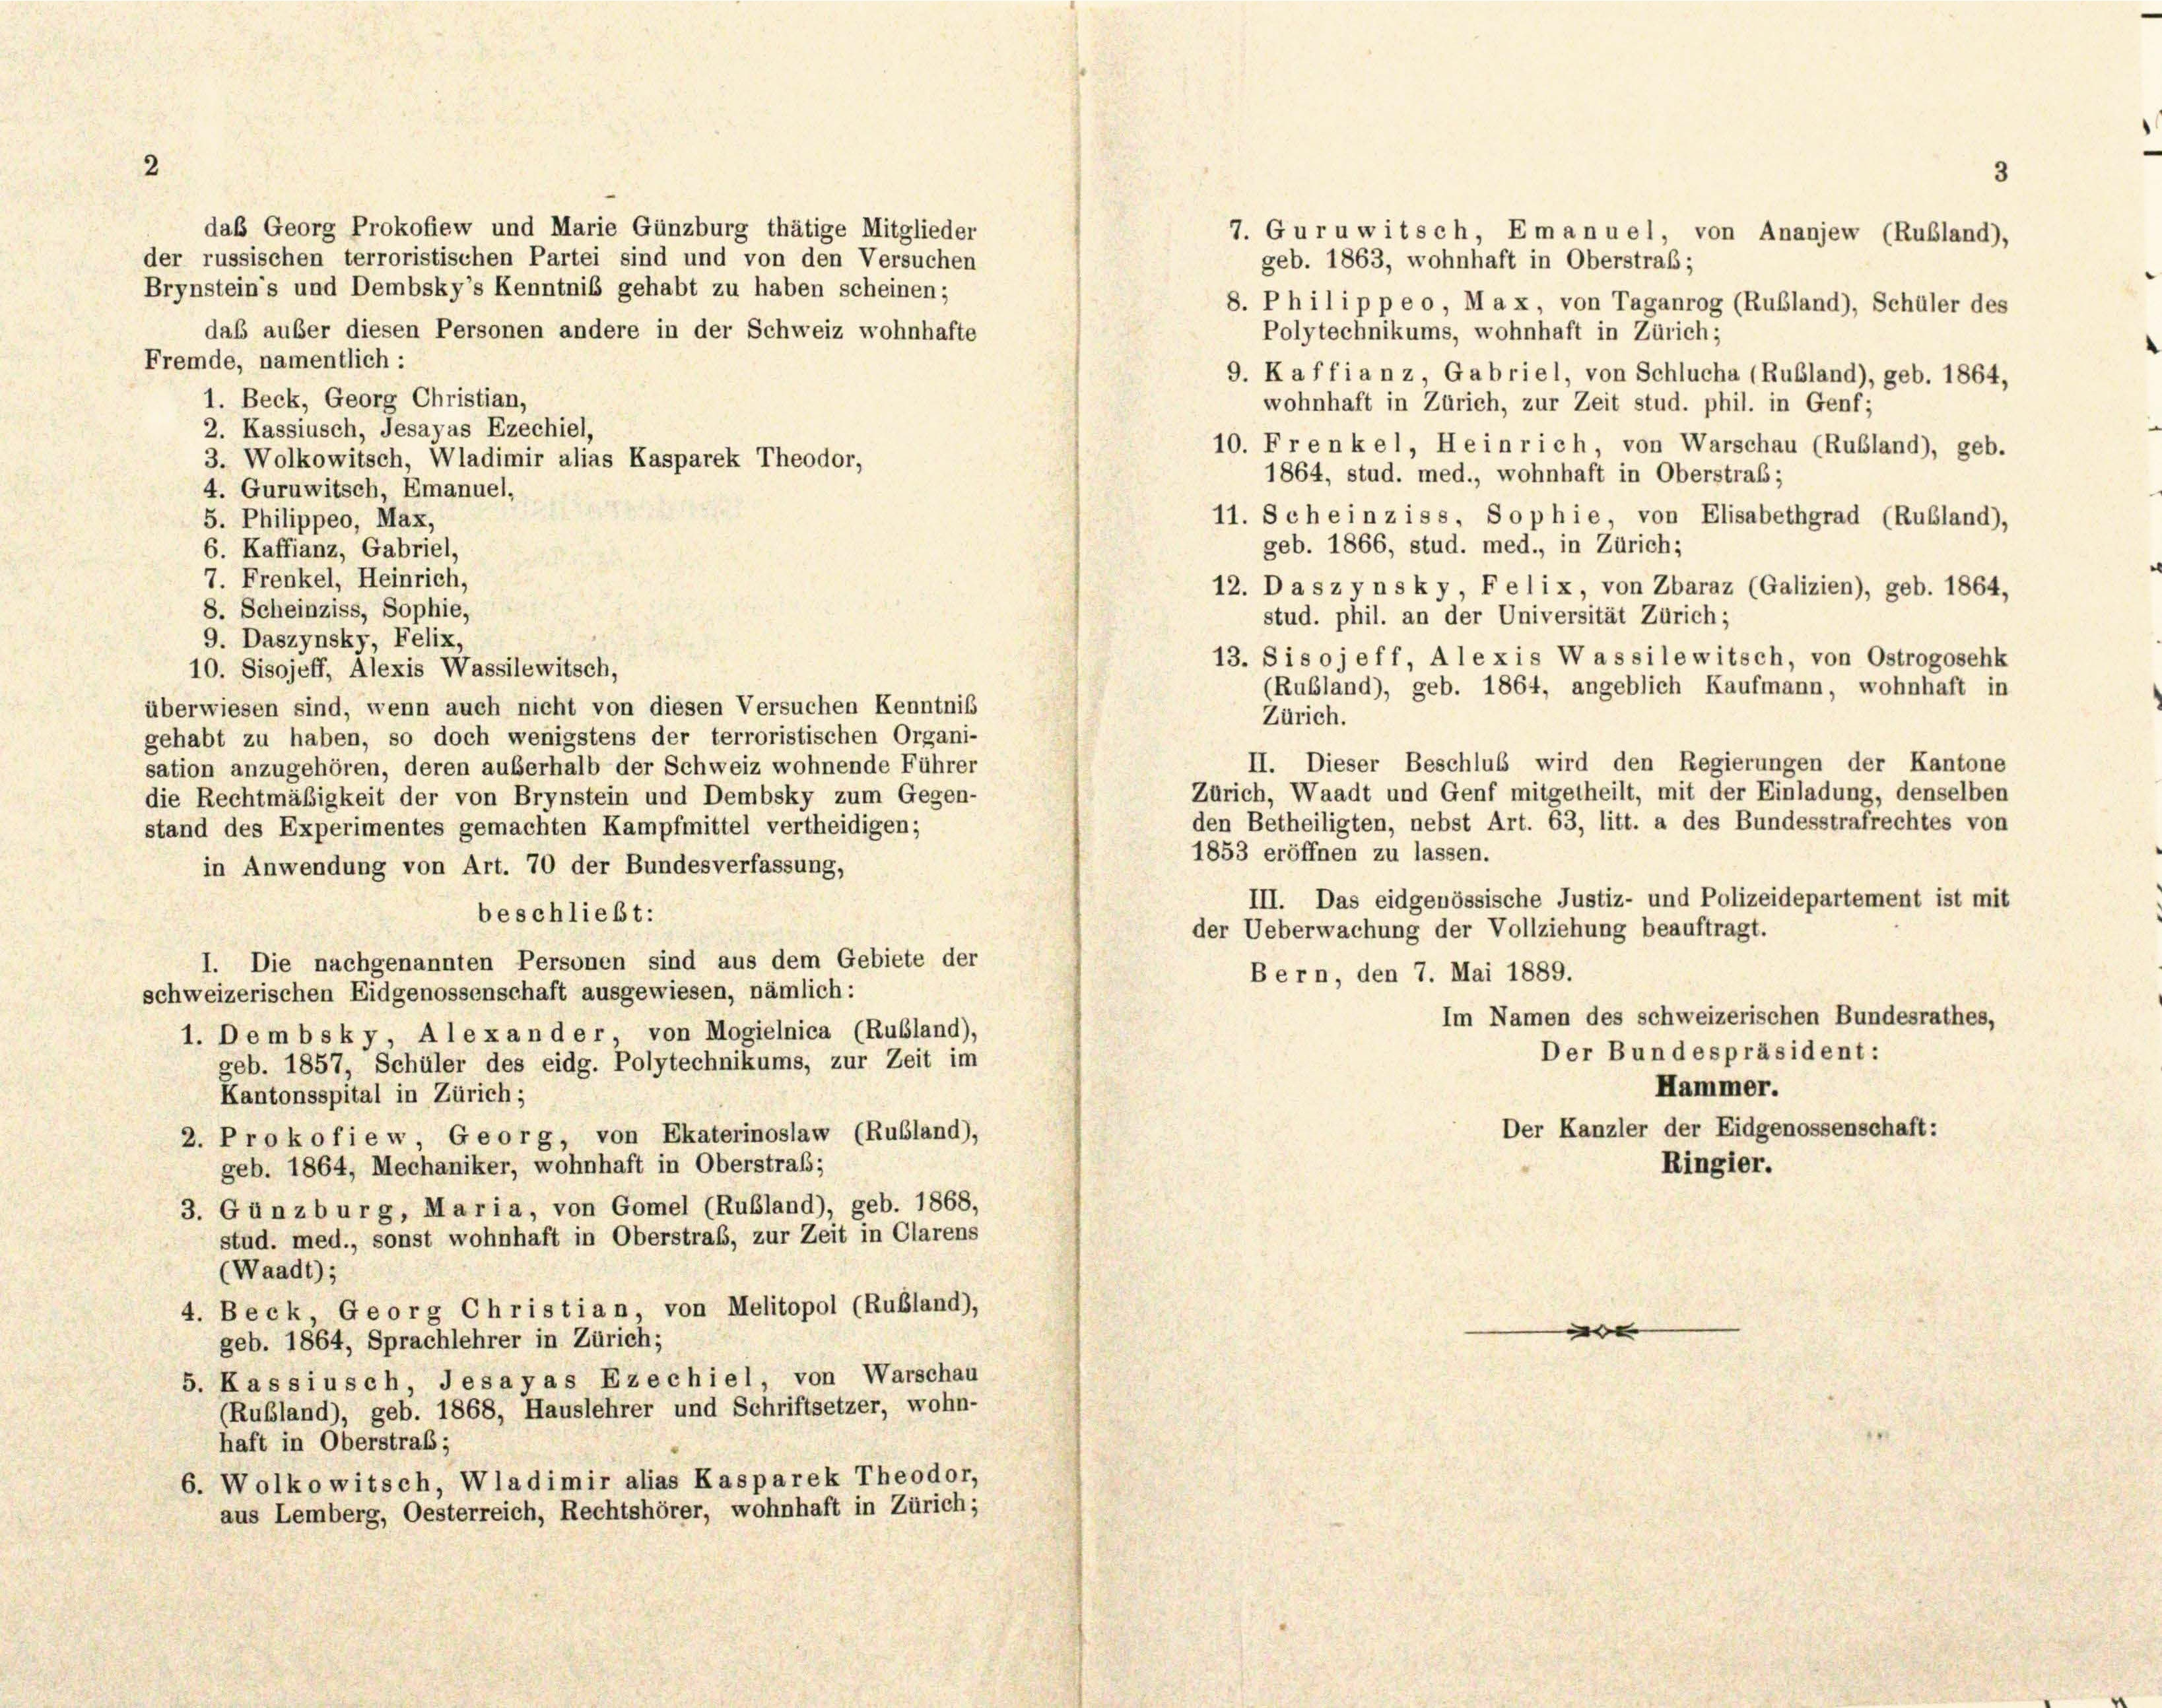
2

das Georg Prokofiew und Marie Günzburg thätige Mitglieder
7. Guruwitsch, Emanuel, von Ananjew (Rubland),
der russischen terroristischen Partei sind und von den Versuchen
geb. 1863, wohnhaft in Oberstraß;
Brynstein’s und Dembsky’s Kenntnis gehabt zu haben scheinen;
8. Philippe o, Max, von Taganrog (Rubland), Schüler des
daß außer diesen Personen andere in der Schweiz wohnhafte
Polytechnikums, wohnhaft in Zürich;
Fremde, namentlich:
9. K affianz Gabriel, von Schlucha (Rubland), geb. 1864,
1. Beck, Georg Christian,
wohnhaft in Zürich, zur Zeit stud. phil. in Genf;
2. Kassiusch, Jesayas Ezechiel,
10. Frenkel, Heinrich, von Warschau (Rubland), geb.
3. Wolkowitsch, Wladimir alias Kasparek Theodor,
1864, stud. med., wohnhaft in Oberstraf;
4. Guruwitsch, Emanuel,
11. Schein ziss, Sophie, von Elisabethgrad (Rubland),
5. Philippeo, Max,
geb. 1866, stud. med., in Zürich;
6. Kaffianz, Gabriel,
7. Frenkel, Heinrich,
12. Daszynsky, Felix, von Zbaraz (Galizien), geb. 1864,
8. Scheinziss, Sophie,
stud. phil. an der Universität Zürich;
9. Daszynsky, Felix,
13. Sisojeff, Alexis Wassilewitsch, von Ostrogosehk
10. Sisojeff, Alexis Wassilewitsch,
(Rubland), geb. 1864, angeblich Kaufmann, wohnhaft in
überwiesen sind, wenn auch nicht von diesen Versuchen Kenntniß
Zürich.
gehabt zu haben, so doch wenigstens der terroristischen Organi-
II. Dieser Beschluß wird den Regierungen der Kantone
sation anzugehören, deren außerhalb der Schweiz wohnende Führer
Zürich, Waadt und Genf mitgetheilt, mit der Einladung, denselben
die Rechtmäßigkeit der von Brynstein und Dembsky zum Gegen-
den Betheiligten, nebst Art. 63, litt. a des Bundesstrafrechtes von
stand des Experimentes gemachten Kampfmittel vertheidigen;
1853 eröffnen zu lassen.
in Anwendung von Art. 70 der Bundesverfassung,
III. Das eidgenössische Justiz- und Polizeidepartement ist mit
beschließt:
der Ueberwachung der Vollziehung beauftragt.
I. Die nachgenannten Personen sind aus dem Gebiete der
Bern, den 7. Mai 1889.
schweizerischen Eidgenossenschaft ausgewiesen, nämlich:
Im Namen des schweizerischen Bundesrathes,
1. Dembsky, Alexander, von Mogielnica (Rubland),
Der Bundespräsident:
geb. 1857, Schüler des eidg. Polytechnikums, zur Zeit im
Hammer.
Kantonsspital in Zürich;
Der Kanzler der Eidgenossenschaft:
2. Prokofie w Georg, von Ekaterinoslaw (Rubland),
Ringier.
geb. 1864, Mechaniker, wohnhaft in Oberstraß;
3. Günzburg, Maria, von Gomel (Rubland), geb. 1868,
stud. med., sonst wohnhaft in Oberstraf, zur Zeit in Clarens
(Waadt);
4. Beck, Georg Christian von Melitopol (Rußland),
e
geb. 1864, Sprachlehrer in Zürich;
5. Kassiusch, Jesayas Ezechiel von Warschau
(Rußland), geb. 1868, Hauslehrer und Schriftsetzer, wohn-
haft in Oberstraf;
6. Wolkowitsch, Wladimir alias Kasparek Theodor,
aus Lemberg, Oesterreich, Rechtshörer, wohnhaft in Zürich;